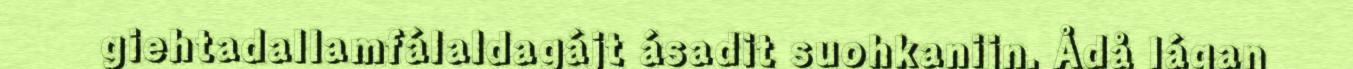
giehtadallamfálaldagájt ásadit suohkanijn. Ådå lágan